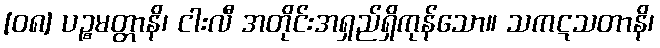
[၀၈] ပဉ္စမတ္တာနိ၊ ငါးလီ အတိုင်းအရှည်ရှိကုန်သော။ သကဋသတာနိ၊